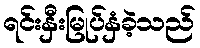
ရင်းနှီးမြုပ်နှံခဲ့သည်